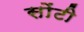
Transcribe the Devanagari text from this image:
सोंटी